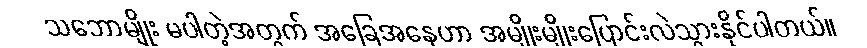
သဘောမျိုး မပါတဲ့အတွက် အခြေအနေဟာ အမျိုးမျိုးပြောင်းလဲသွားနိုင်ပါတယ်။